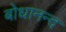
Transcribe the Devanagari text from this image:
बोधानन्द